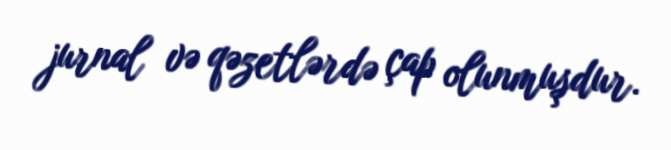
jurnal və qəzetlərdə çap olunmuşdur.